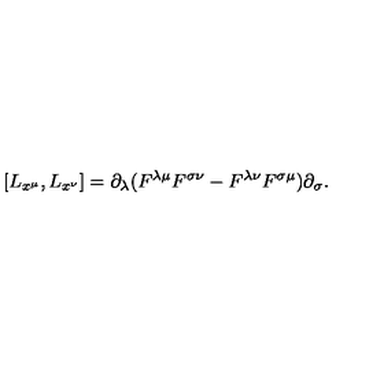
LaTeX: [ L _ { x ^ { \mu } } , L _ { x ^ { \nu } } ] = \partial _ { \lambda } ( F ^ { \lambda \mu } F ^ { \sigma \nu } - F ^ { \lambda \nu } F ^ { \sigma \mu } ) \partial _ { \sigma } .